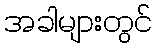
အခါများတွင်